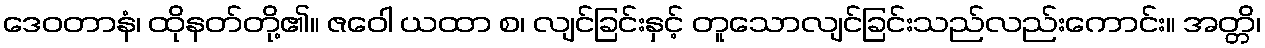
ဒေဝတာနံ၊ ထိုနတ်တို့၏။ ဇဝေါ ယထာ စ၊ လျင်ခြင်းနှင့် တူသောလျင်ခြင်းသည်လည်းကောင်း။ အတ္တိ၊